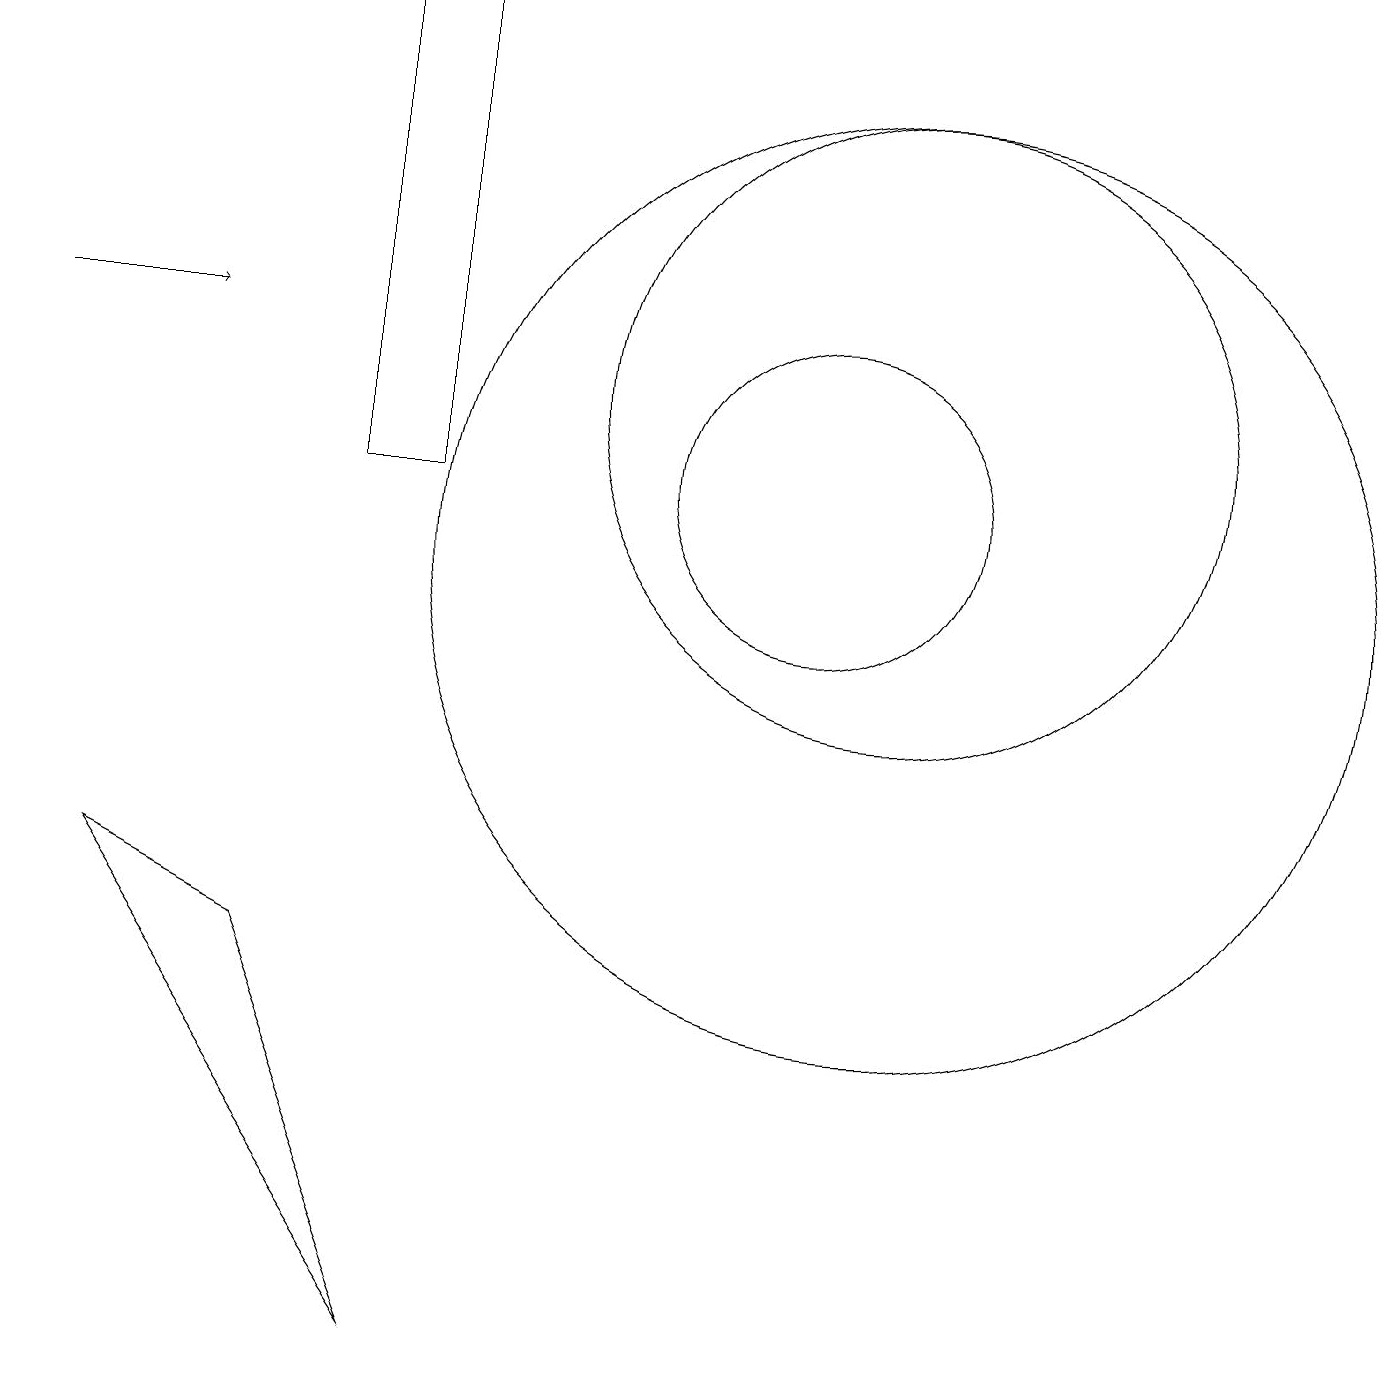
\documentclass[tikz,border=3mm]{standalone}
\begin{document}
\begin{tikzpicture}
\draw (11,12) circle (4);
\draw (4,11) rectangle (5,17);
\draw (11,10) circle (6);
\draw[->] (0,13) -- (2,13);
\draw (10,11) circle (2);
\draw (1,6) -- (5,0) -- (3,5) -- cycle;
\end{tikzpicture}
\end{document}